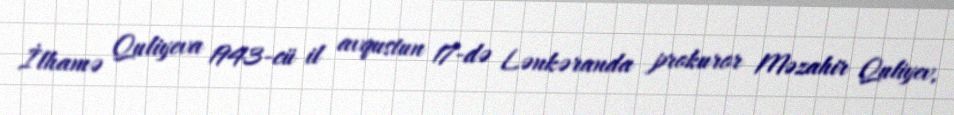
İlhamə Quliyeva 1943-cü il avqustun 17-də Lənkəranda prokuror Məzahir Quliyev,